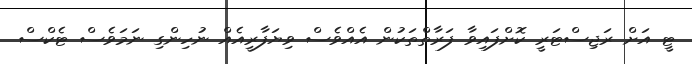
ޓީ އަށް ރަޖިސްޓަރީ ކޮށްފައިވާ ފަރާތްތަކުން އެއްވެސް ވިޔަފާރީއެއް ނުހިންގި ނަމަވެސް ޓެކްސް